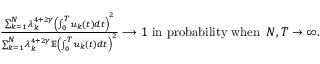
\begin{array} { r } { \frac { \sum _ { k = 1 } ^ { N } \lambda _ { k } ^ { 4 + 2 \gamma } \left( \int _ { 0 } ^ { T } u _ { k } ( t ) d t \right) ^ { 2 } } { \sum _ { k = 1 } ^ { N } \lambda _ { k } ^ { 4 + 2 \gamma } \mathbb E \left( \int _ { 0 } ^ { T } u _ { k } ( t ) d t \right) ^ { 2 } } \longrightarrow 1 \mathrm { ~ i n ~ p r o b a b i l i t y ~ w h e n ~ } \, N , T \rightarrow \infty . } \end{array}